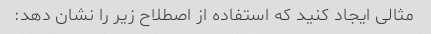
مثالی ایجاد کنید که استفاده از اصطلاح زیر را نشان دهد: